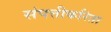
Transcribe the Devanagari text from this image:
संपत्तीकरिता